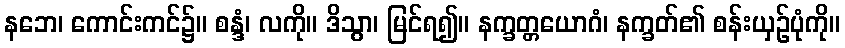
နဘေ၊ ကောင်းကင်၌။ စန္ဒံ၊ လကို။ ဒိသွာ၊ မြင်ရ၍။ နက္ခတ္တယောဂံ၊ နက္ခတ်၏ စန်းယှဉ်ပုံကို။